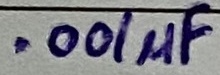
Text: .001µF